Annual administration report of the Civil Veterinary Department of India - 1899-1900
Year: 1899
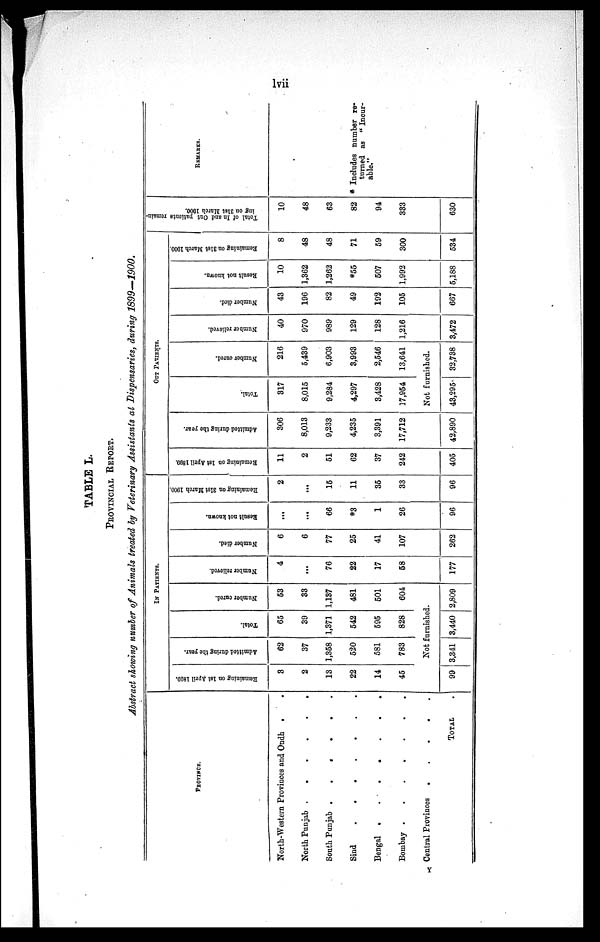
lvii
TABLE L.
PROVINCIAL REPORT.
Abstract showing number of Animals treated by Veterinary Assistants at Dispensaries, during 1899—1900.
PROVINCE.
North-Western Provinces and Oudh . .
North Punjab .
.
.
.
.
.
South Punjab .
.
.
.
.
.
Sind . . . . . .
Bengal
Bombay .
.
.
.
.
.
.
Central Provinces . . . . . .
TOTAL .
IN PATIENTS.
Remaining on 1st April 1800.
8
2
13
22
14
45
99
Admitted during the year.
62
37
1,358
520
581
783
Total.
65
39
1,371
542
595
828
Number cured.
53
33
1,137
481
501
604
Not furnished.
3,341 3,440 2,809
Number relieved.
4
...
76
22
17
58
177
Number died.
6
6
77
25
41
107
262
Result
not known.
...
...
66
*3
1
26
96
Remaining on 3lst March 1000.
2
...
15
11
35
33
96
OUT PATIENTS.
Remaining on 1st April 1899.
11
2
51
62
37
242
405
Admitted during the year.
306
8,013
9,233
4,235
3,391
17,712
42,890
Total.
317
8,015
9,284
4,297
3,428
17,954
Number cured.
216
5,439
6,903
3,993
2,546
13,641
Not furnished.
43,295 32,738
Number relieved.
40
970
989
129
128
1,216
3,472
Number died.
43
196
82
49
192
105
667
Result not known.
10
1,362
1,262
*55
507
1,992
5,188
Remaining on 31st March 1000.
8
48
48
71
59
300
534
Total of In and Out patients remain-
ing on 31st March 1900.
10
48
63
82
94
333
630
REMARKS.
* Includes number re-
turned as "Incur-
able."
Y